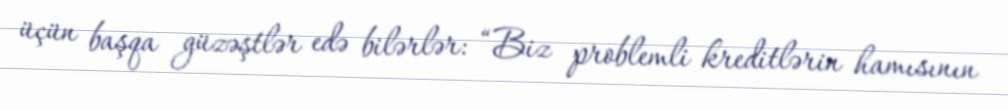
üçün başqa güzəştlər edə bilərlər: “Biz problemli kreditlərin hamısının